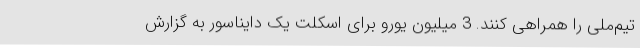
تیم‌ملی را همراهی کنند. 3 میلیون یورو برای اسکلت یک دایناسور به گزارش